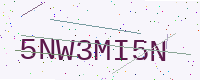
Text: 5NW3MI5N